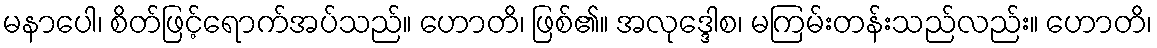
မနာပေါ၊ စိတ်ဖြင့်ရောက်အပ်သည်။ ဟောတိ၊ ဖြစ်၏။ အလုဒ္ဒေါစ၊ မကြမ်းတန်းသည်လည်း။ ဟောတိ၊